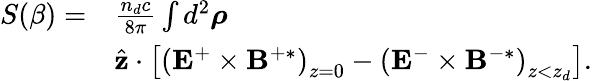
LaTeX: \begin{array}{rl}{S(\beta)=}&{\frac{n_{d}c}{8\pi}\int d^{2}\boldsymbol{\rho}}\\ &{\hat{\mathbf{z}}\cdot\left[\left(\mathbf{E}^{+}\times\mathbf{B}^{+\ast}\right)_{z=0}-\left(\mathbf{E}^{-}\times\mathbf{B}^{-\ast}\right)_{z<z_{d}}\right].}\end{array}